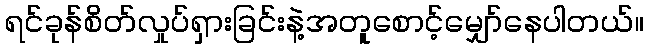
ရင်ခုန်စိတ်လှုပ်ရှားခြင်းနဲ့အတူစောင့်မျှော်နေပါတယ်။